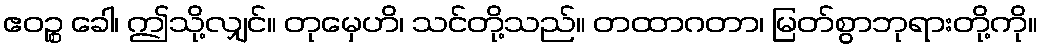
ဧဝဉ္စ ခေါ၊ ဤသို့လျှင်။ တုမှေဟိ၊ သင်တို့သည်။ တထာဂတာ၊ မြတ်စွာဘုရားတို့ကို။